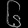
Digit: ၆